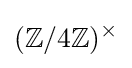
(\mathbb {Z} /4\mathbb {Z} )^{\times }